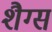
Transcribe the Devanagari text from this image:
शैग्स